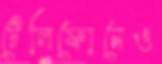
টেলিফোনেও